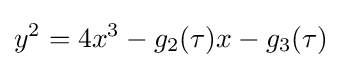
y^{2}=4x^{3}-g_{2}(\tau )x-g_{3}(\tau )